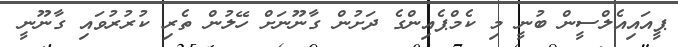
ޕީއައިއެލްސީން ބުނީ މި ކެމްޕެއިންގެ ދަށުން ގާނޫނަށް ހޭލުން ތެރި ކުރުރުވައި ގާނޫނީ